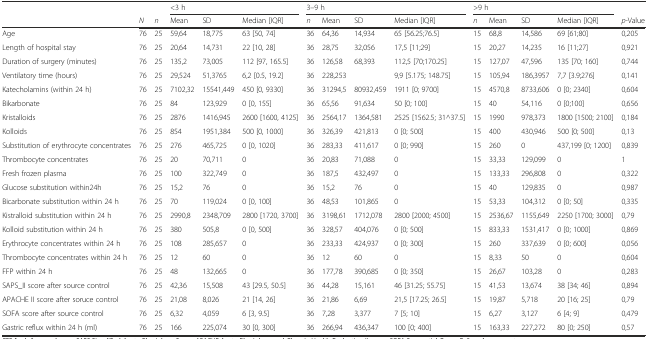
<table><thead><tr><td></td><td></td><td></td><td colspan="3"><b>&lt;3 h</b></td><td colspan="4"><b>3–9 h</b></td><td colspan="4"><b>&gt;9 h</b></td><td></td></tr><tr><td></td><td><b><i>N</i></b></td><td><b><i>n</i></b></td><td><b>Mean</b></td><td><b>SD</b></td><td><b>Median [IQR]</b></td><td><b><i>n</i></b></td><td><b>Mean</b></td><td><b>SD</b></td><td><b>Median [IQR]</b></td><td><b><i>n</i></b></td><td><b>Mean</b></td><td><b>SD</b></td><td><b>Median [IQR]</b></td><td><b><i>p</i>-Value</b></td></tr></thead><tbody><tr><td>Age</td><td>76</td><td>25</td><td>59,64</td><td>18,775</td><td>63 [50, 74]</td><td>36</td><td>64,36</td><td>14,934</td><td>65 [56.25;76.5]</td><td>15</td><td>68,8</td><td>14,586</td><td>69 [61;80]</td><td>0,205</td></tr><tr><td>Length of hospital stay</td><td>76</td><td>25</td><td>20,64</td><td>14,731</td><td>22 [10, 28]</td><td>36</td><td>28,75</td><td>32,056</td><td>17,5 [11;29]</td><td>15</td><td>20,27</td><td>14,235</td><td>16 [11;27]</td><td>0,921</td></tr><tr><td>Duration of surgery (minutes)</td><td>76</td><td>25</td><td>135,2</td><td>73,005</td><td>112 [97, 165.5]</td><td>36</td><td>126,58</td><td>68,393</td><td>112,5 [70;170.25]</td><td>15</td><td>127,07</td><td>47,596</td><td>135 [70; 160]</td><td>0,744</td></tr><tr><td>Ventilatory time (hours)</td><td>76</td><td>25</td><td>29,524</td><td>51,3765</td><td>6,2 [0.5, 19.2]</td><td>36</td><td>228,253</td><td></td><td>9,9 [5.175; 148.75]</td><td>15</td><td>105,94</td><td>186,3957</td><td>7,7 [3.9;276]</td><td>0,141</td></tr><tr><td>Katecholamins (within 24 h)</td><td>76</td><td>25</td><td>7102,32</td><td>15541,449</td><td>450 [0, 9330]</td><td>36</td><td>31294,5</td><td>80932,459</td><td>1911 [0; 9700]</td><td>15</td><td>4570,8</td><td>8733,606</td><td>0 [0; 2340]</td><td>0,604</td></tr><tr><td>Bikarbonate</td><td>76</td><td>25</td><td>84</td><td>123,929</td><td>0 [0, 155]</td><td>36</td><td>65,56</td><td>91,634</td><td>50 [0; 100]</td><td>15</td><td>40</td><td>54,116</td><td>0 [0;100]</td><td>0,656</td></tr><tr><td>Kristalloids</td><td>76</td><td>25</td><td>2876</td><td>1416,945</td><td>2600 [1600, 4125]</td><td>36</td><td>2564,17</td><td>1364,581</td><td>2525 [1562.5; 31^37.5]</td><td>15</td><td>1990</td><td>978,373</td><td>1800 [1500; 2100]</td><td>0,184</td></tr><tr><td>Kolloids</td><td>76</td><td>25</td><td>854</td><td>1951,384</td><td>500 [0, 1000]</td><td>36</td><td>326,39</td><td>421,813</td><td>0 [0; 500]</td><td>15</td><td>400</td><td>430,946</td><td>500 [0; 500]</td><td>0,13</td></tr><tr><td>Substitution of erythrocyte concentrates</td><td>76</td><td>25</td><td>276</td><td>465,725</td><td>0 [0, 1020]</td><td>36</td><td>283,33</td><td>411,617</td><td>0 [0; 990]</td><td>15</td><td>260</td><td>0</td><td>437,199 [0; 1200]</td><td>0,839</td></tr><tr><td>Thrombocyte concentrates</td><td>76</td><td>25</td><td>20</td><td>70,711</td><td>0</td><td>36</td><td>20,83</td><td>71,088</td><td>0</td><td>15</td><td>33,33</td><td>129,099</td><td>0</td><td>1</td></tr><tr><td>Fresh frozen plasma</td><td>76</td><td>25</td><td>100</td><td>322,749</td><td>0</td><td>36</td><td>187,5</td><td>432,497</td><td>0</td><td>15</td><td>133,33</td><td>296,808</td><td>0</td><td>0,322</td></tr><tr><td>Glucose substitution within24h</td><td>76</td><td>25</td><td>15,2</td><td>76</td><td>0</td><td>36</td><td>15,2</td><td>76</td><td>0</td><td>15</td><td>40</td><td>129,835</td><td>0</td><td>0,987</td></tr><tr><td>Bicarbonate substitution within 24 h</td><td>76</td><td>25</td><td>70</td><td>119,024</td><td>0 [0, 100]</td><td>36</td><td>48,53</td><td>101,865</td><td>0</td><td>15</td><td>53,33</td><td>104,312</td><td>0 [0; 50]</td><td>0,335</td></tr><tr><td>Kistralloid substitution within 24 h</td><td>76</td><td>25</td><td>2990,8</td><td>2348,709</td><td>2800 [1720, 3700]</td><td>36</td><td>3198,61</td><td>1712,078</td><td>2800 [2000; 4500]</td><td>15</td><td>2536,67</td><td>1155,649</td><td>2250 [1700; 3000]</td><td>0,79</td></tr><tr><td>Kolloid substitution within 24 h</td><td>76</td><td>25</td><td>380</td><td>505,8</td><td>0 [0, 500]</td><td>36</td><td>328,57</td><td>404,076</td><td>0 [0; 500]</td><td>15</td><td>833,33</td><td>1531,417</td><td>0 [0; 1000]</td><td>0,869</td></tr><tr><td>Erythrocyte concentrates within 24 h</td><td>76</td><td>25</td><td>108</td><td>285,657</td><td>0</td><td>36</td><td>233,33</td><td>424,937</td><td>0 [0; 300]</td><td>15</td><td>260</td><td>337,639</td><td>0 [0; 600]</td><td>0,056</td></tr><tr><td>Thrombocyte concentrates within 24 h</td><td>76</td><td>25</td><td>12</td><td>60</td><td>0</td><td>36</td><td>12</td><td>60</td><td>0</td><td>15</td><td>8,33</td><td>50</td><td>0</td><td>0,604</td></tr><tr><td>FFP within 24 h</td><td>76</td><td>25</td><td>48</td><td>132,665</td><td>0</td><td>36</td><td>177,78</td><td>390,685</td><td>0 [0; 350]</td><td>15</td><td>26,67</td><td>103,28</td><td>0</td><td>0,283</td></tr><tr><td>SAPS_II score after source control</td><td>76</td><td>25</td><td>42,36</td><td>15,508</td><td>43 [29.5, 50.5]</td><td>36</td><td>44,28</td><td>15,161</td><td>46 [31.25; 55.75]</td><td>15</td><td>41,53</td><td>13,674</td><td>38 [34; 46]</td><td>0,894</td></tr><tr><td>APACHE II score after soruce control</td><td>76</td><td>25</td><td>21,08</td><td>8,026</td><td>21 [14, 26]</td><td>36</td><td>21,86</td><td>6,69</td><td>21,5 [17.25; 26.5]</td><td>15</td><td>19,87</td><td>5,718</td><td>20 [16; 25]</td><td>0,79</td></tr><tr><td>SOFA score after source control</td><td>76</td><td>25</td><td>6,32</td><td>4,059</td><td>6 [3, 9.5]</td><td>36</td><td>7,28</td><td>3,377</td><td>7 [5; 10]</td><td>15</td><td>6,27</td><td>3,127</td><td>6 [4; 9]</td><td>0,479</td></tr><tr><td>Gastric reflux within 24 h (ml)</td><td>76</td><td>25</td><td>166</td><td>225,074</td><td>30 [0, 300]</td><td>36</td><td>266,94</td><td>436,347</td><td>100 [0; 400]</td><td>15</td><td>163,33</td><td>227,272</td><td>80 [0; 250]</td><td>0,57</td></tr></tbody></table>